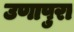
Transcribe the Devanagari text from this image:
उणापुरा